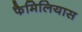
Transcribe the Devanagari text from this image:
फैमिलियास